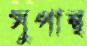
সুপান্থ